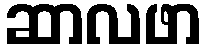
ဆာလဖာ